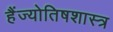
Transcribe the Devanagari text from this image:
हैंज्योतिषशास्त्र